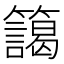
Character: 𮆻